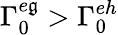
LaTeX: \Gamma_{0}^{e\mathfrak{g}}>\Gamma_{0}^{eh}